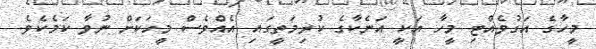
މީހާގެ އަގުވެއްޓި މީހާ އަކީ އަނެކާގެ ކުރިމަތީގައި އެއްވެސް މީހަކަށް ނުވާ ކަމެކެވެ.